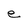
Character: e